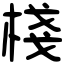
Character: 棧